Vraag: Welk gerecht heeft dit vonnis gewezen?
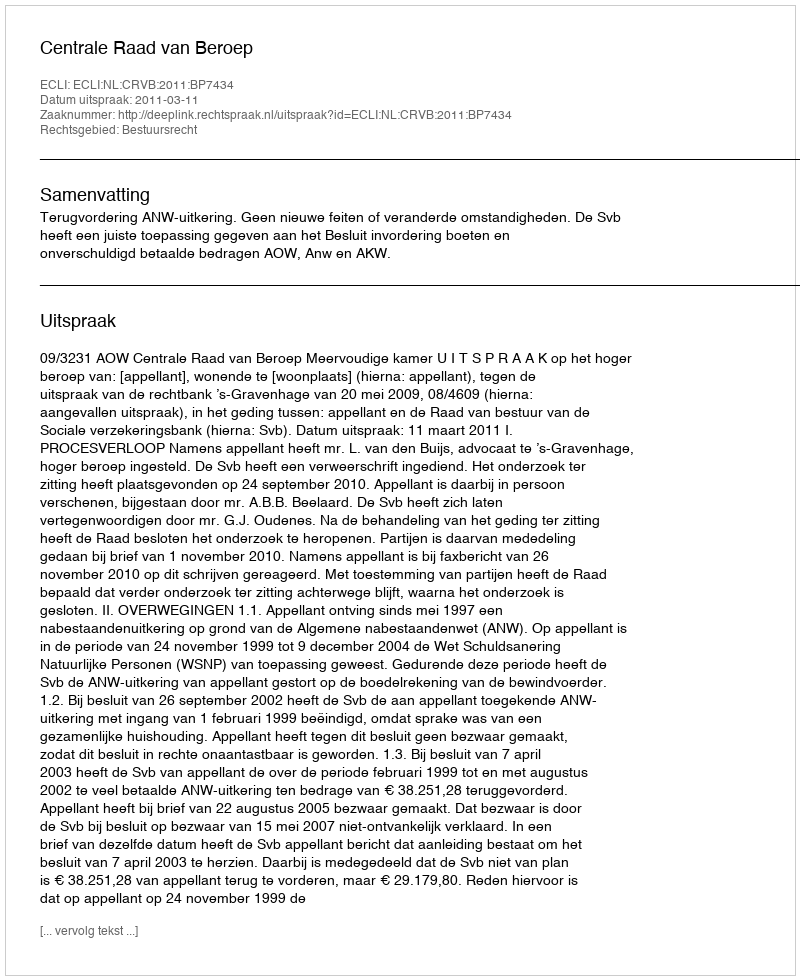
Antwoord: Centrale Raad van Beroep